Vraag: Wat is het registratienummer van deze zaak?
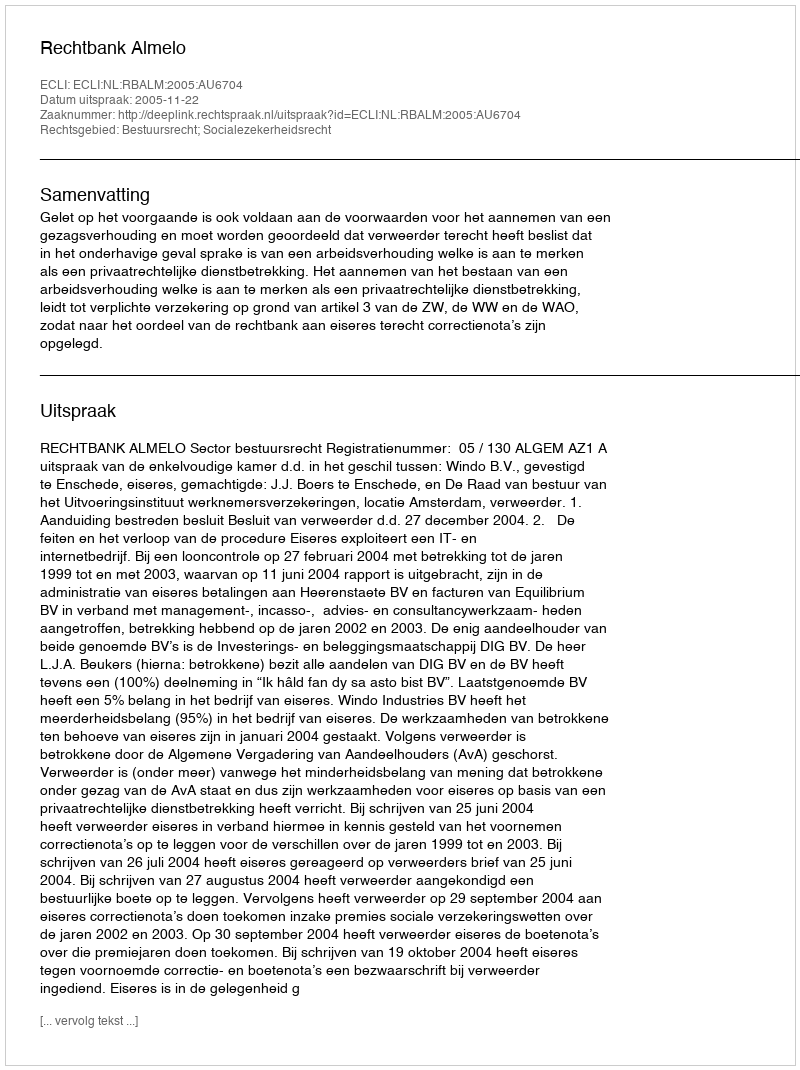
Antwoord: http://deeplink.rechtspraak.nl/uitspraak?id=ECLI:NL:RBALM:2005:AU6704